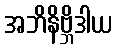
အဘိနိဗ္ဘိဒါယ